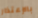
بالإعتذار